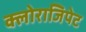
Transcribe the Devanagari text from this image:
क्लोराजिपेट